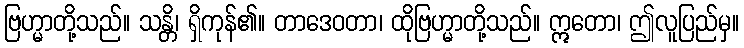
ဗြဟ္မာတို့သည်။ သန္တိ၊ ရှိကုန်၏။ တာဒေဝတာ၊ ထိုဗြဟ္မာတို့သည်။ ဣတော၊ ဤလူပြည်မှ။